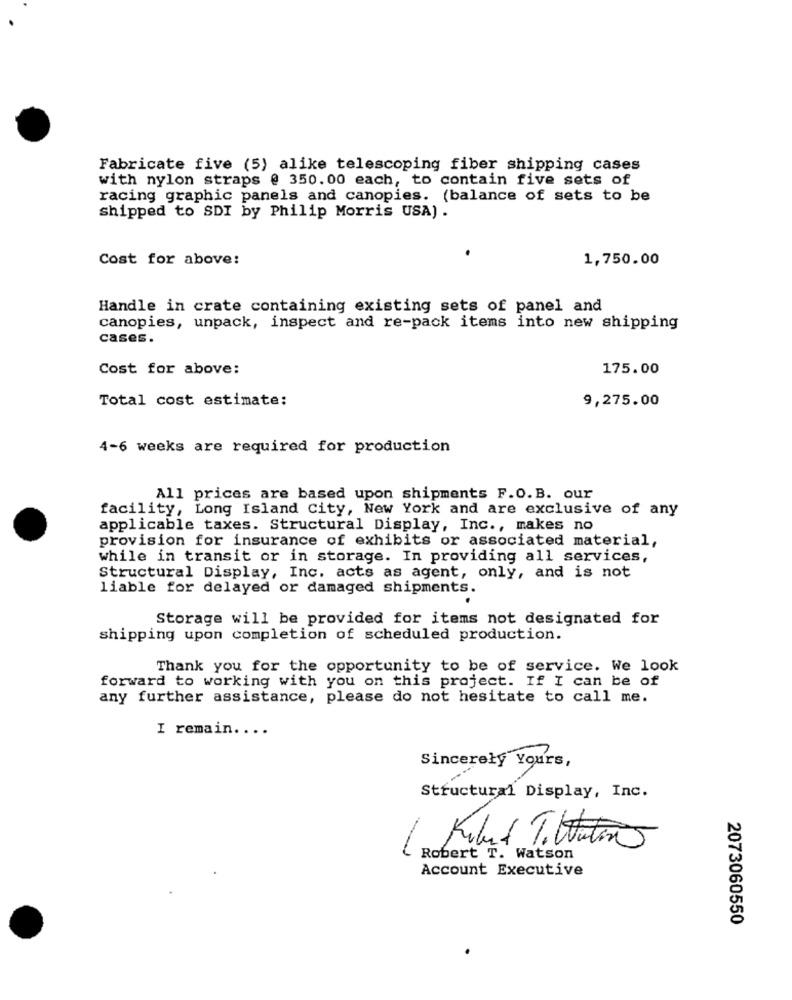
Fabricate five (5) alike telescoping fiber shipping cases
with nylon straps @ 350. 00 each, to contain five sets of
racing graphic panels and canopies. (balance of sets to be
shipped to SDI by Philip Morris USA) .
Cost for above:
1,750.00
Handle in crate containing existing sets of panel and
canopies, unpack, inspect and re-pack items into new shipping
cases.
Cost for above:
175.00
Total cost estimate:
9,275.00
4-6 weeks are required for production
All prices are based upon shipments F.O.B. our
facility, Long Island City, New York and are exclusive of any
applicable taxes. Structural Display, Inc ., makes no
provision for insurance of exhibits or associated material,
while in transit or in storage. In providing all services,
Structural Display, Inc. acts as agent, only, and is not
liable for delayed or damaged shipments.
Storage will be provided for items not designated for
shipping upon completion of scheduled production.
Thank you for the opportunity to be of service. We look
forward to working with you on this project. If I can be of
any further assistance, please do not hesitate to call me.
I remain ....
Sincerely Yours,
Structural Display, Inc.
Robert T. Watson
Account Executive
2073060550